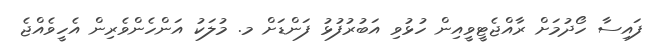
ފައިސާ ހޯދުމަށް ރާއްޖެޓީވީއިން ހުޅުވި އަބުރުފުޅު ފަންޑަށް މ. މުލަކު އަންހެންވެރިން އެހީވެއްޖެ